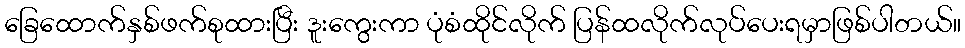
ခြေထောက်နှစ်ဖက်စုထားပြီး ဒူးကွေးကာ ပုံစံထိုင်လိုက် ပြန်ထလိုက်လုပ်ပေးရမှာဖြစ်ပါတယ်။